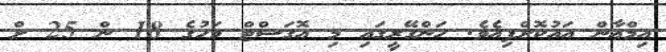
އިމްޢާން އައުކޮށްފިއެވެ. ހަންގޭރީގައި މި އޮގަސްޓް މަހުގެ 18 ން 25 ށް